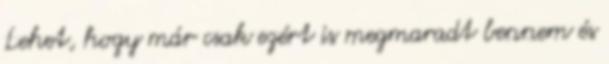
Lehet, hogy már csak ezért is megmaradt bennem és